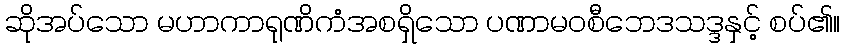
ဆိုအပ်သော မဟာကာရုဏိကံအစရှိသော ပဏာမဝစီဘေဒသဒ္ဒနှင့် စပ်၏။